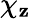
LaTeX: \chi_{\mathbf{z}}